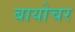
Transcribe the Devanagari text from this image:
बायोचर